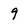
Character: 9